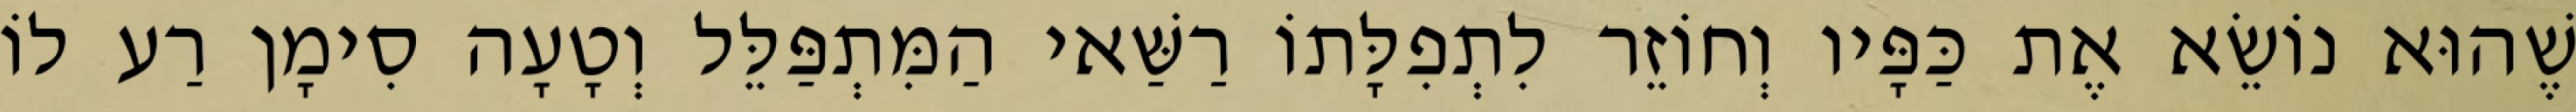
שֶׁהוּא נוֹשֵׂא אֶת כַּפָּיו וְחוֹזֵר לִתְפִלָּתוֹ רַשַּׁאי הַמִּתְפַּלֵּל וְטָעָה סִימָן רַע לוֹ